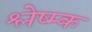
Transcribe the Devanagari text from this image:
श्लेष्म्क